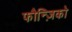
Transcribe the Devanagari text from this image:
फौन्ज़िको